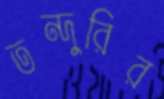
তন্দুরির